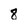
Character: 8